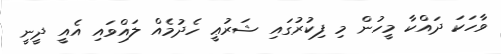
ވާހަކަ ދައްކާ މީހުން މި ފިކުރުގައި ޝަރުޢީ ހެދުމެއް ލައްވައި އެއީ ދީނީ